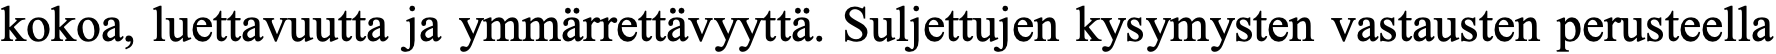
kokoa, luettavuutta ja ymmärrettävyyttä. Suljettujen kysymysten vastausten perusteella